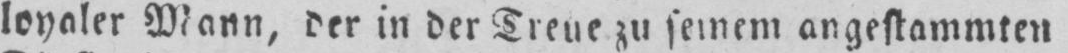
loyaler Mann, der in der Treue zu seinem angestammten